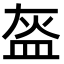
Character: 盔